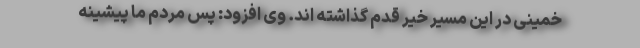
خمینی در این مسیر خیر قدم گذاشته اند. وی افزود: پس مردم ما پیشینه